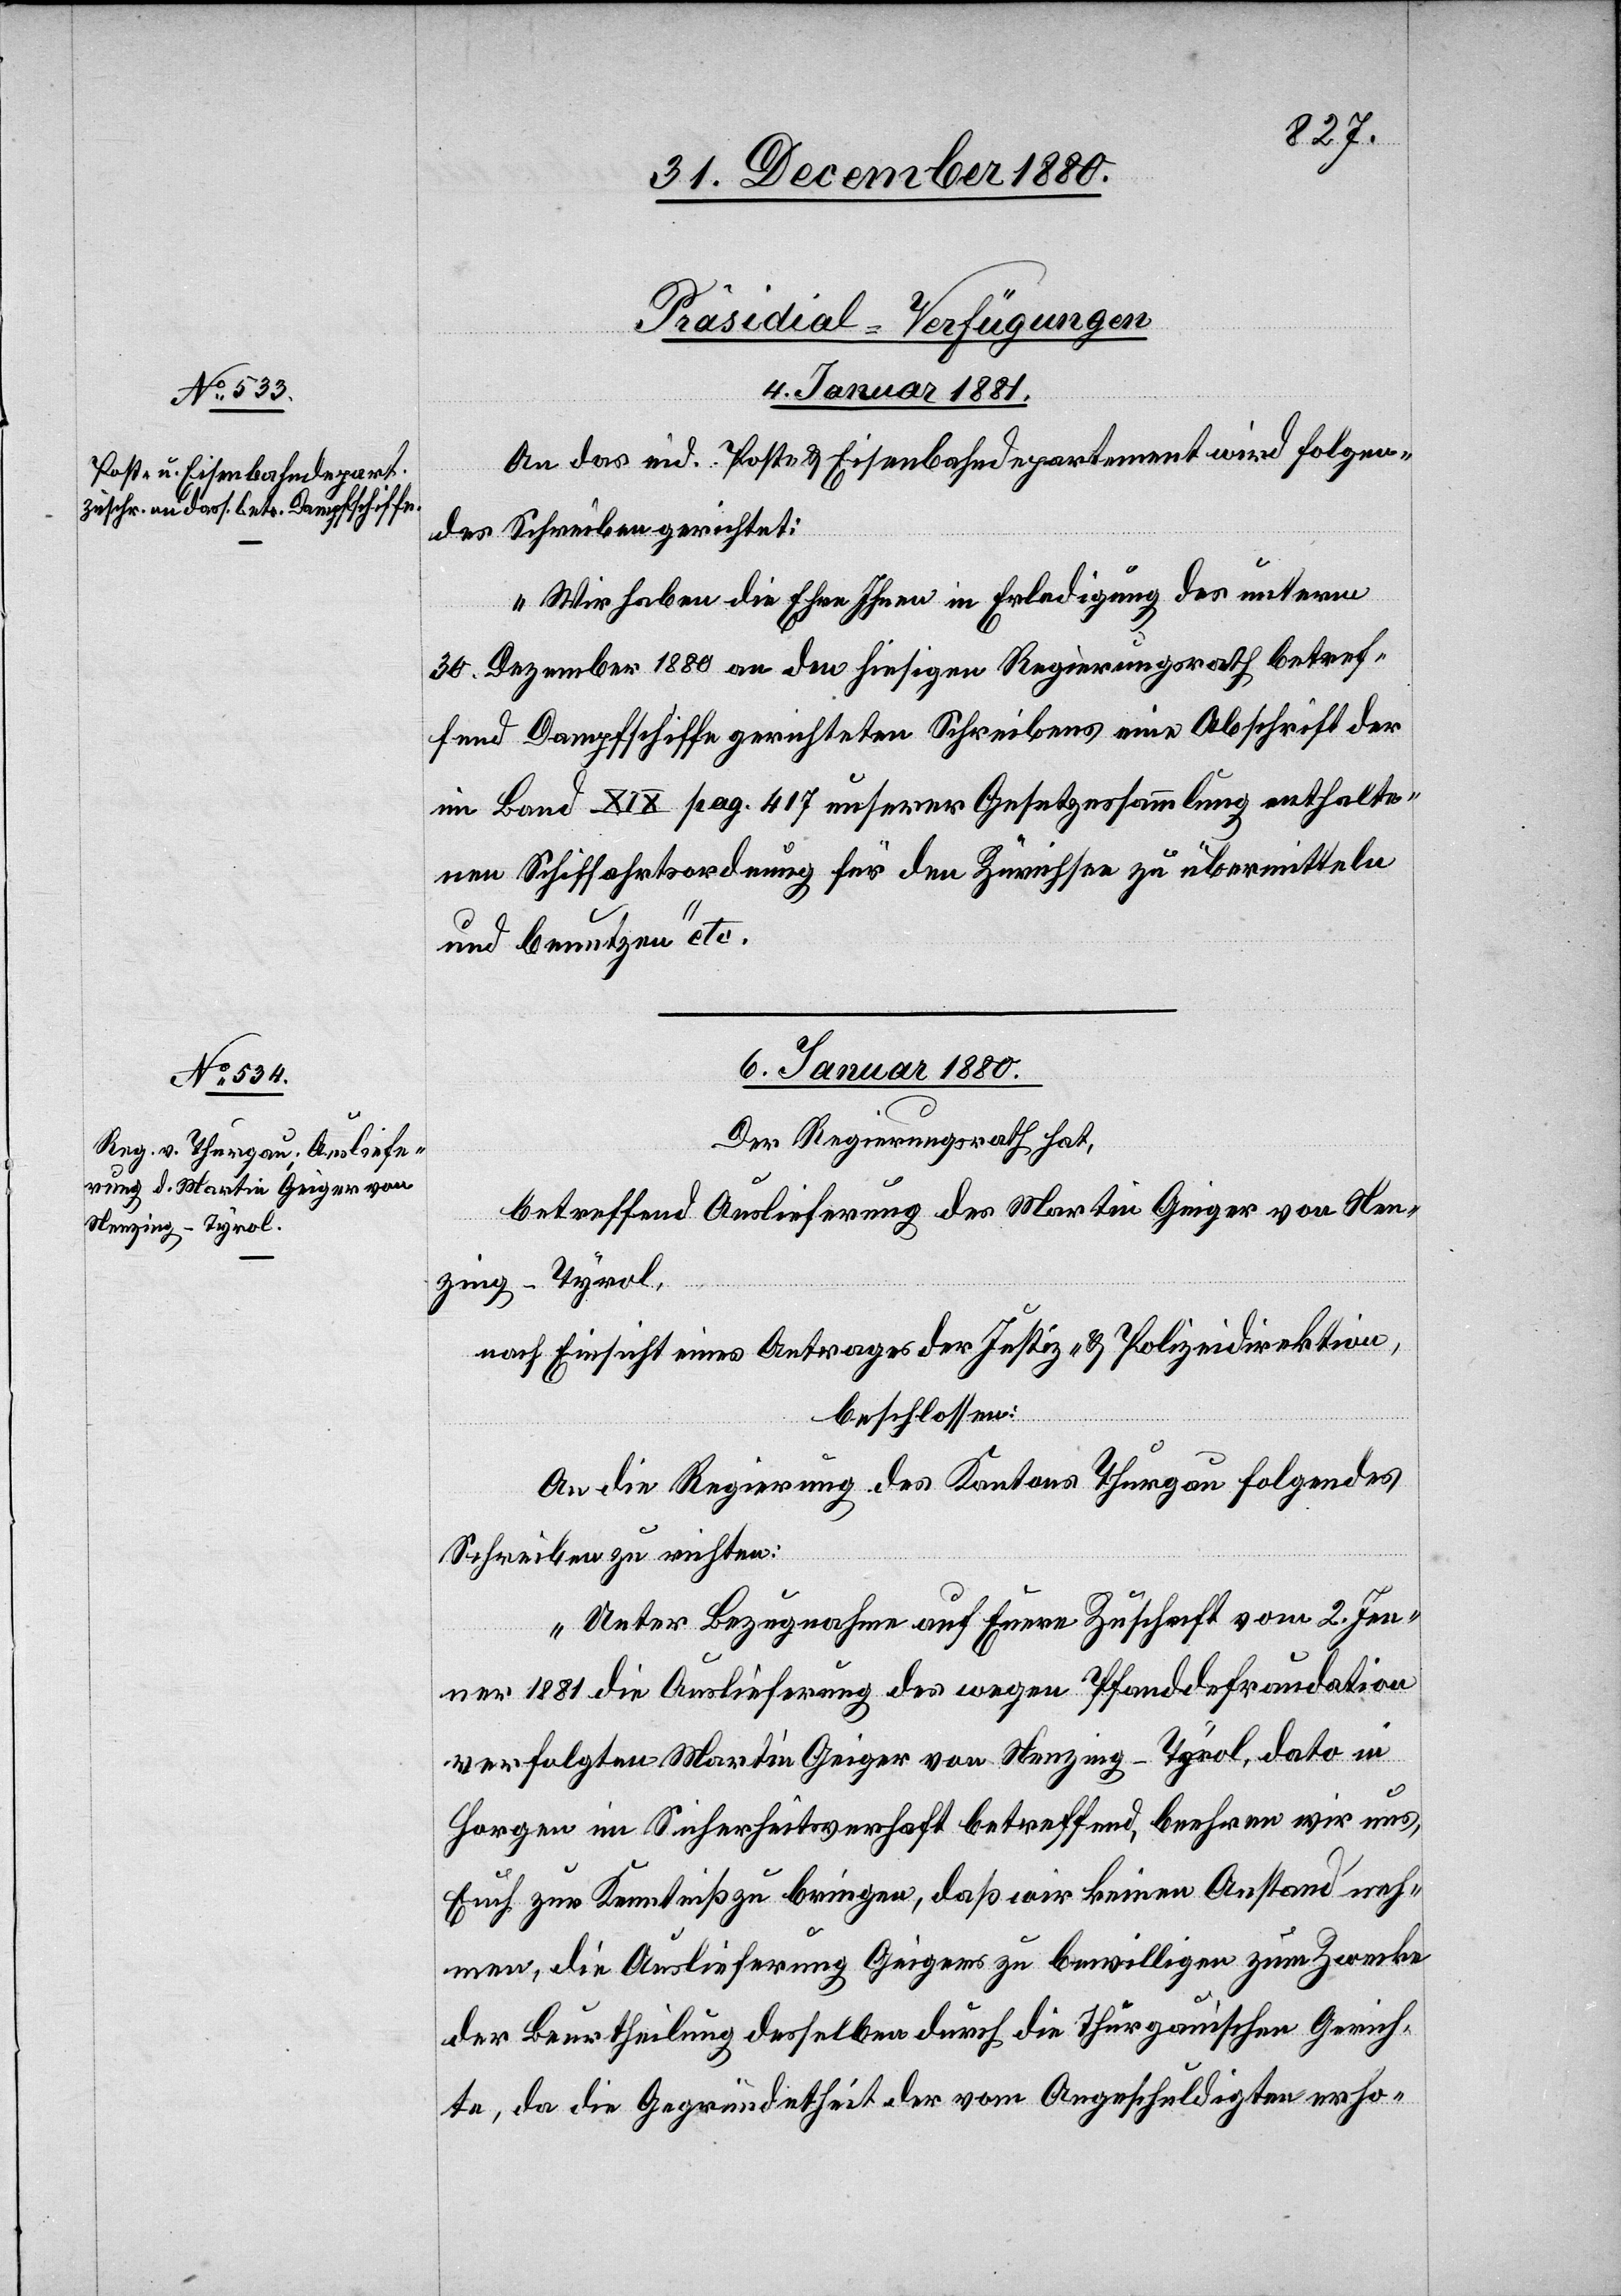
[Präsidial-Verfügungen.]
6. Januar 1881.
An das eid. Post- & Eisenbahndepartement wird folgen¬
des Schreiben gerichtet:
„Wir haben die Ehre Ihnen in Erledigung des unterm
30. Dezember 1880 an den hiesigen Regierungsrath betref¬
fend Dampfschiffe gerichteten Schreibens eines Abschrift der
im Band XIX pag. 417 unserer Gesetzessammlung enthalte¬
nen Schiffahrtsordnung für den Zürichsee zu übermitteln
und benutzen etc.“
Der Regierungsrath hat,
betreffend Auslieferung des Martin Geiger von Nen¬
zing - Tyrol,
nach Einsicht eines Antrages der Justiz- & Polizeidirektion,
beschlossen:
An die Regierung des Kantons Thurgau folgendes
Schreiben zu richten:
„Unter Bezugnahme auf Euere Zuschrift vom 2. Jen¬
ner 1881 die Auslieferung des wegen Pfanddefraudation
verfolgten Martin Geiger von Nenzing - Tyrol, dato in
Horgen in Sicherheitsverhaft betreffend, beehren wir uns,
Euch zur Kenntniß zu bringen, daß wir keine Anstand neh¬
men, die Auslieferung Geigers zu bewilligen zum Zwecke
der Beurtheilung desselben durch die thurgauischen Gerich¬
te, da die Gegründetheit der vom Angeschuldigten erho-